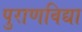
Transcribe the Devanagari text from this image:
पुराणविद्या